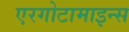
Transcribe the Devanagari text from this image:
एरगोटामाइन्स